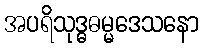
အပရိသုဒ္ဓဓမ္မဒေသနော